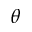
\theta